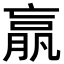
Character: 𣎆